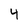
Character: 4